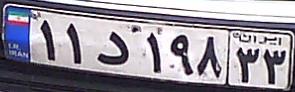
۱۱د۱۹۸۳۳